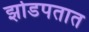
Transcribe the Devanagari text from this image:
झोडपतात